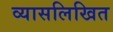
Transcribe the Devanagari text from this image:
व्यासलिखित